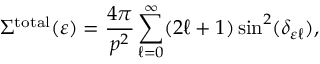
\Sigma ^ { \mathrm { t o t a l } } ( \varepsilon ) = \frac { 4 \pi } { p ^ { 2 } } \sum _ { \ell = 0 } ^ { \infty } ( 2 \ell + 1 ) \sin ^ { 2 } ( \delta _ { \varepsilon \ell } ) ,